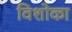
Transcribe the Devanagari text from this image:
विशोका